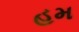
હમ